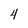
Character: 4